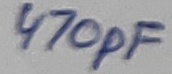
Text: 470pF